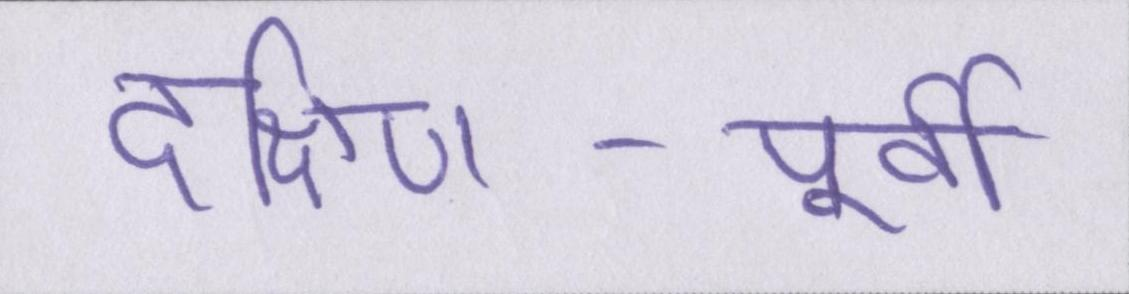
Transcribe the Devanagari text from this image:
दक्षिण-पूर्वी